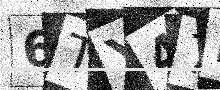
Text: 6TY47D